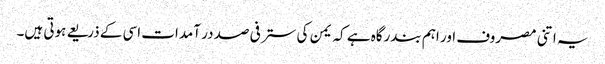
یہ اتنی مصروف اور اہم بندرگاہ ہے کہ یمن کی ستر فی صد در آمدات اسی کے ذریعے ہوتی ہیں۔